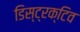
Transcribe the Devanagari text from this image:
डिस्ट्रक्टिव